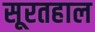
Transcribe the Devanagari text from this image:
सूरतहाल